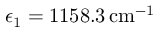
\epsilon _ { 1 } = 1 1 5 8 . 3 \, \mathrm { c m } ^ { - 1 }